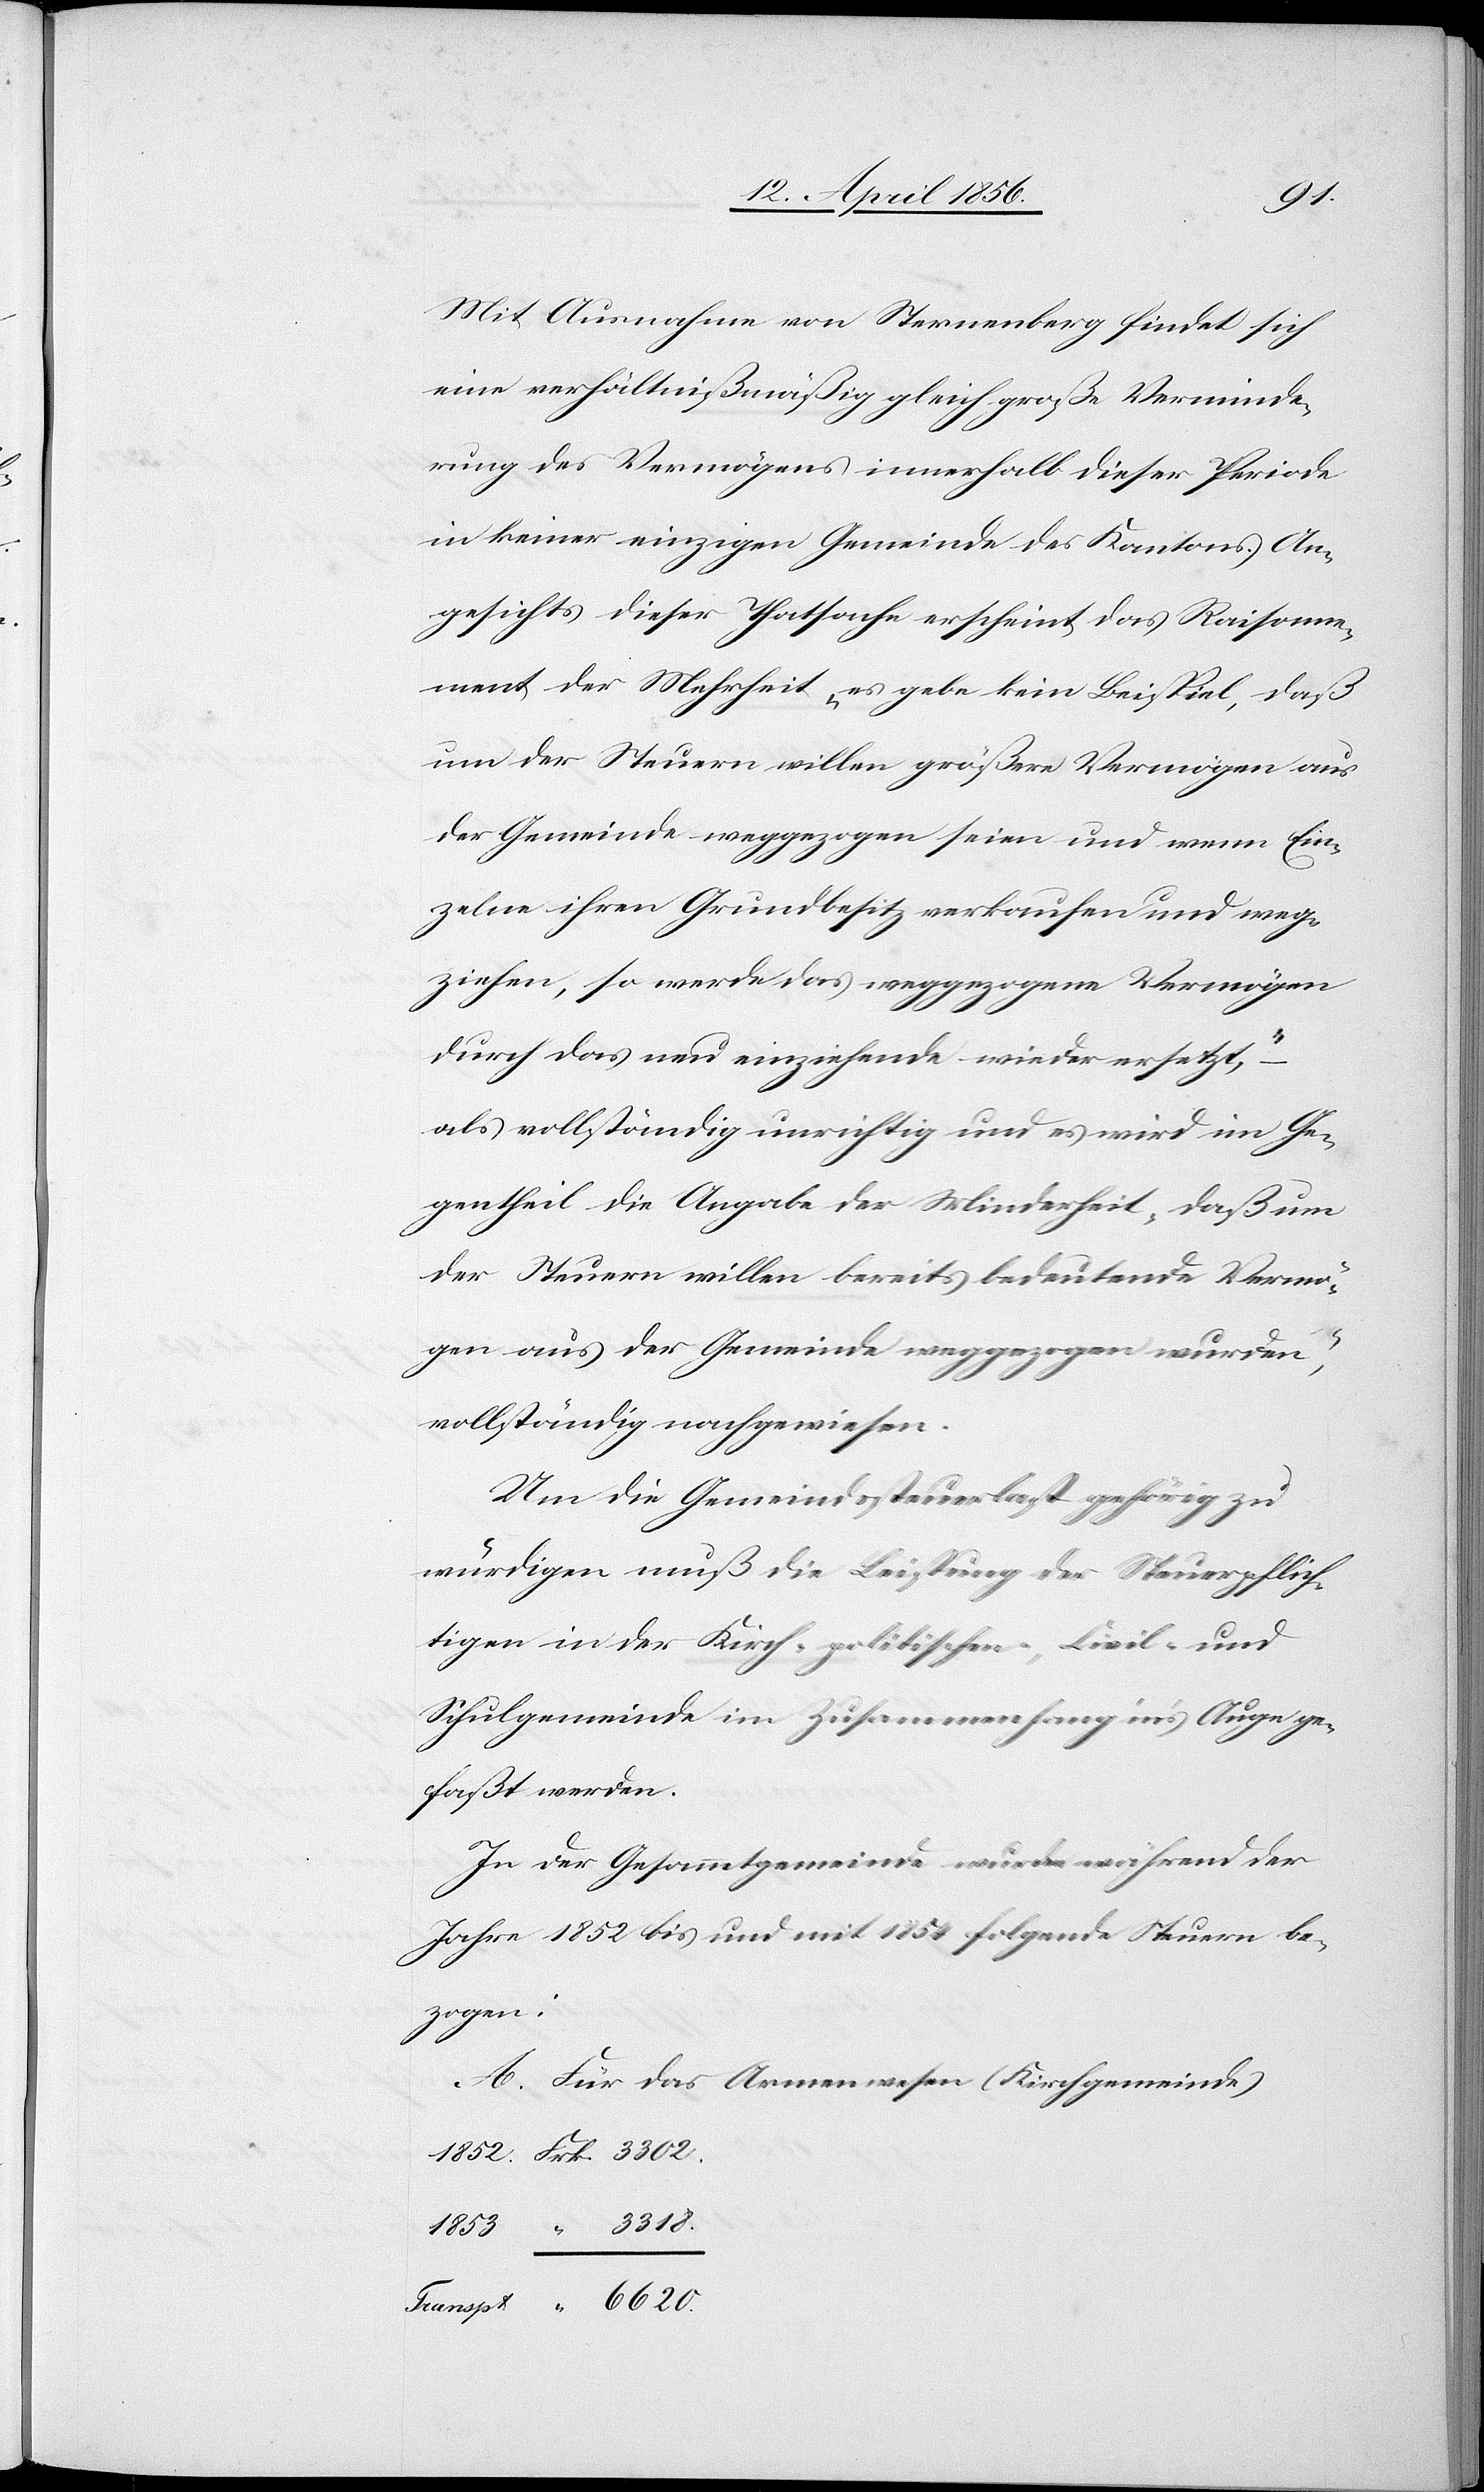
Mit Ausnahme von Sternenberg findet sich
eine verhältnißmäßig gleich große Verminde¬
rung des Vermögens innerhalb dieser Periode
in keiner einzigen Gemeinde des Kantons. An¬
gesichts dieser Thatsache erscheint das Raisonne¬
ment der Mehrheit „es gebe kein Beispiel, daß
um der Steuern willen größere Vermögen aus
der Gemeinde weggezogen seien und wenn Ein¬
zelne ihren Grundbesitz verkaufen und weg¬
ziehen, so werde das weggezogene Vermögen
durch das neu einziehende wieder ersetzt,“
als vollständig unrichtig und es wird im Ge¬
gentheil die Angabe der Minderheit „daß um
der Steuern willen bereits bedeutende Vermö¬
gen aus der Gemeinde weggezogen wurde“,
vollständig nachgewiesen.
Um die Gemeindssteuerlast gehörig zu
würdigen muß die Leistung der Steuerpflich¬
tigen in der Kirch-[,] politischen-, Civil- und
Schulgemeinde im Zusammenhang ins Auge ge¬
faßt werden.
In der Gesammtgemeinde wurden während der
Jahre 1852 bis und mit 1854 folgende Steuern be¬
zogen:
A. Für das Armenwesen (Kirchgemeinde)